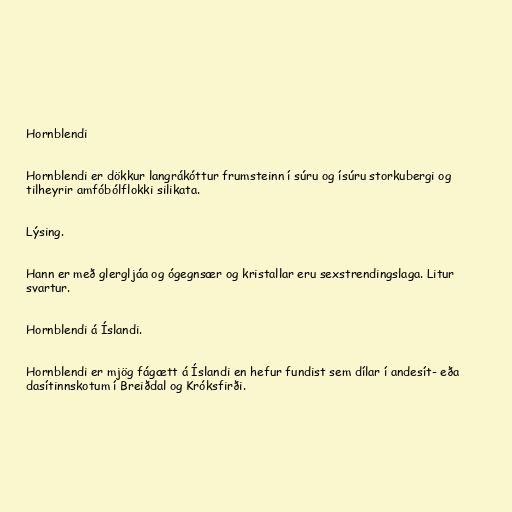
Hornblendi

Hornblendi er dökkur langrákóttur frumsteinn í súru og ísúru storkubergi og
tilheyrir amfóbólflokki silikata.

Lýsing.

Hann er með glergljáa og ógegnsær og kristallar eru sexstrendingslaga. Litur
svartur.

Hornblendi á Íslandi.

Hornblendi er mjög fágætt á Íslandi en hefur fundist sem dílar í andesít- eða
dasítinnskotum í Breiðdal og Króksfirði.